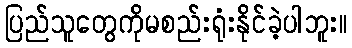
ပြည်သူတွေကိုမစည်းရုံးနိုင်ခဲ့ပါဘူး။